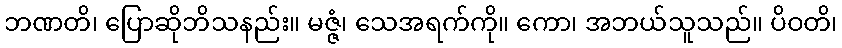
ဘဏတိ၊ ပြောဆိုဘိသနည်း။ မဇ္ဇံ၊ သေအရက်ကို။ ကော၊ အဘယ်သူသည်။ ပိဝတိ၊